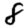
Digit: 8